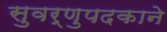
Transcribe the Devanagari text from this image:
सुवर्णुपदकाने